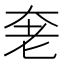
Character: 𰭩